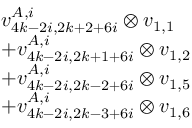
\begin{array} { r l } & { v _ { 4 k - 2 i , 2 k + 2 + 6 i } ^ { A , i } \otimes v _ { 1 , 1 } } \\ & { + v _ { 4 k - 2 i , 2 k + 1 + 6 i } ^ { A , i } \otimes v _ { 1 , 2 } } \\ & { + v _ { 4 k - 2 i , 2 k - 2 + 6 i } ^ { A , i } \otimes v _ { 1 , 5 } } \\ & { + v _ { 4 k - 2 i , 2 k - 3 + 6 i } ^ { A , i } \otimes v _ { 1 , 6 } } \end{array}